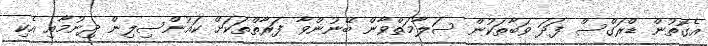
އެގޮތުން ޑްރަގްސް ފަދަ ވަބާތަކުން ސަލާމަތްވާން ބޭނުންވާ ފަރާތްތަކަށް ކައުންސިލިން ދިނުމާއި އެކި